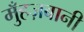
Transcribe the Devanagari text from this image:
मुँहज़बानी